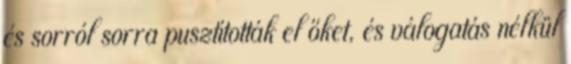
és sorról sorra pusztították el őket, és válogatás nélkül